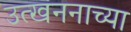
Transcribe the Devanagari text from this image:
उत्खननाच्या